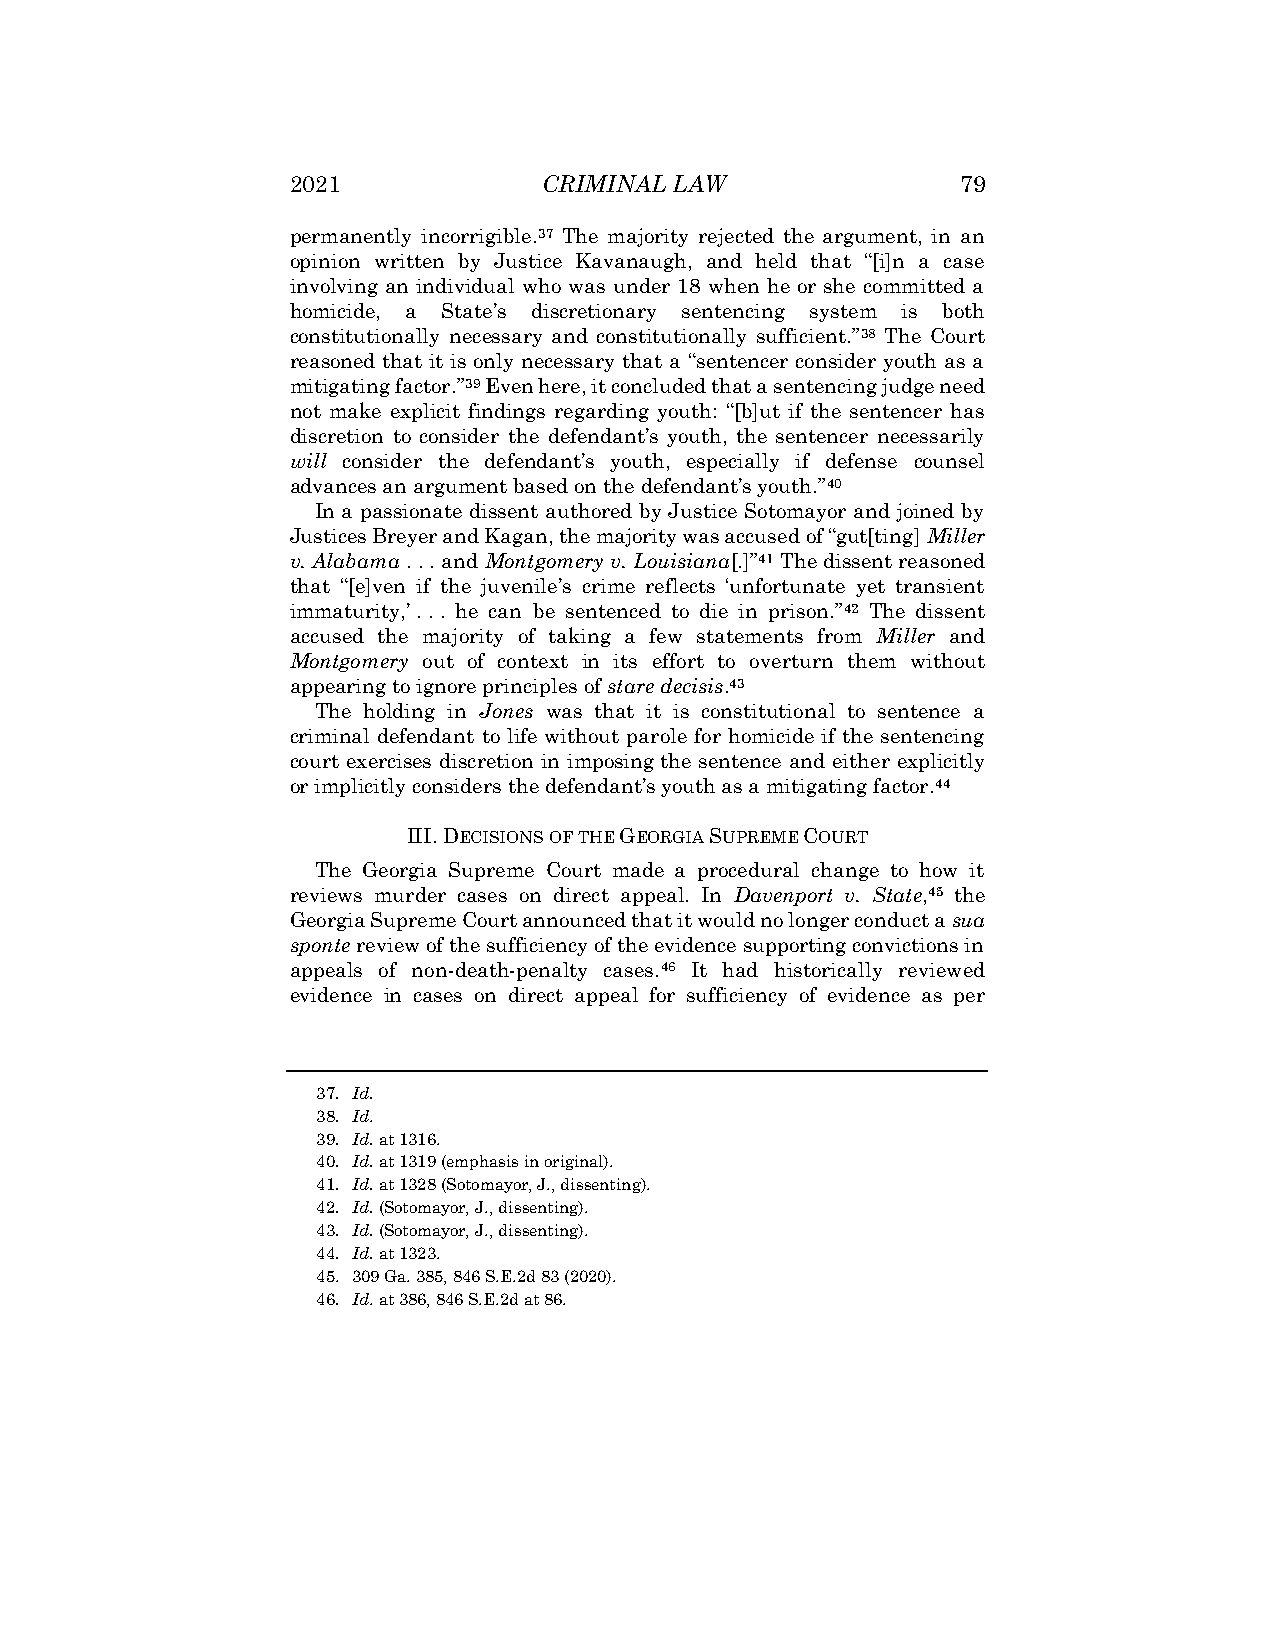
2021             CRIMINAL LAW                79
 permanently incorrigible.37 The majority rejected the argument, in an
 opinion written by Justice Kavanaugh, and held that “[i]n a case
 involving an individual who was under 18 when he or she committed a
 homicide, a State’s discretionary sentencing system is both
 constitutionally necessary and constitutionally sufficient.”38 The Court
 reasoned that it is only necessary that a “sentencer consider youth as a
 mitigating factor.”39 Even here, it concluded that a sentencing judge need
 not make explicit findings regarding youth: “[b]ut if the sentencer has
 discretion to consider the defendant’s youth, the sentencer necessarily
 will consider the defendant’s youth, especially if defense counsel
 advances an argument based on the defendant’s youth.”40
 In a passionate dissent authored by Justice Sotomayor and joined by
 Justices Breyer and Kagan, the majority was accused of “gut[ting] Miller
 v. Alabama . . . and Montgomery v. Louisiana[.]”41 The dissent reasoned
 that “[e]ven if the juvenile’s crime reflects ‘unfortunate yet transient
 immaturity,’ . . . he can be sentenced to die in prison.”42 The dissent
 accused the majority of taking a few statements from Miller and
 Montgomery out of context in its effort to overturn them without
 appearing to ignore principles of stare decisis.43
 The holding in Jones was that it is constitutional to sentence a
 criminal defendant to life without parole for homicide if the sentencing
 court exercises discretion in imposing the sentence and either explicitly
 or implicitly considers the defendant’s youth as a mitigating factor.44
 III.DECISIONS OF THE GEORGIA SUPREME COURT
 The Georgia Supreme Court made a procedural change to how it
 reviews murder cases on direct appeal. In Davenport v. State,45 the
 Georgia Supreme Court announced that it would no longer conduct a sua
 sponte review of the sufficiency of the evidence supporting convictions in
 appeals of non-death-penalty cases.46 It had historically reviewed
 evidence in cases on direct appeal for sufficiency of evidence as per
 37. Id.
 38. Id.
 39. Id. at 1316.
 40. Id. at 1319 (emphasis in original).
 41. Id. at 1328 (Sotomayor, J., dissenting).
 42. Id. (Sotomayor, J., dissenting).
 43. Id. (Sotomayor, J., dissenting).
 44. Id. at 1323.
 45. 309 Ga. 385, 846 S.E.2d 83 (2020).
 46. Id. at 386, 846 S.E.2d at 86.